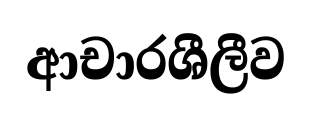
ආචාරශීලීව